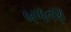
બળતણ